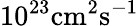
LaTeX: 10^{23}\mathrm{cm^{2}s^{-1}}